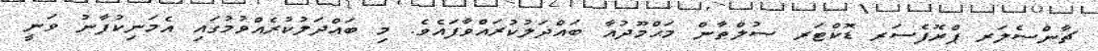
ޗާންސެލަރ ޕްރޮފެސަރ ޑޮކްޓަރ ސުލްޠާން މަޙްމޫދުއާ ބައްދަލުކުރައްވާފައެވެ. މި ބައްދަލުކުރެއްވުމުގައި އެމަނިކުފާނު ވަނީ